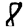
Digit: 8